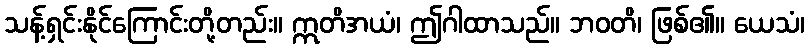
သန့်ရှင်းနိုင်ကြောင်းတို့တည်း။ ဣတိအယံ၊ ဤဂါထာသည်။ ဘဝတိ၊ ဖြစ်၏။ ယေသံ၊